Trukikaitis_Postimees, lk 198
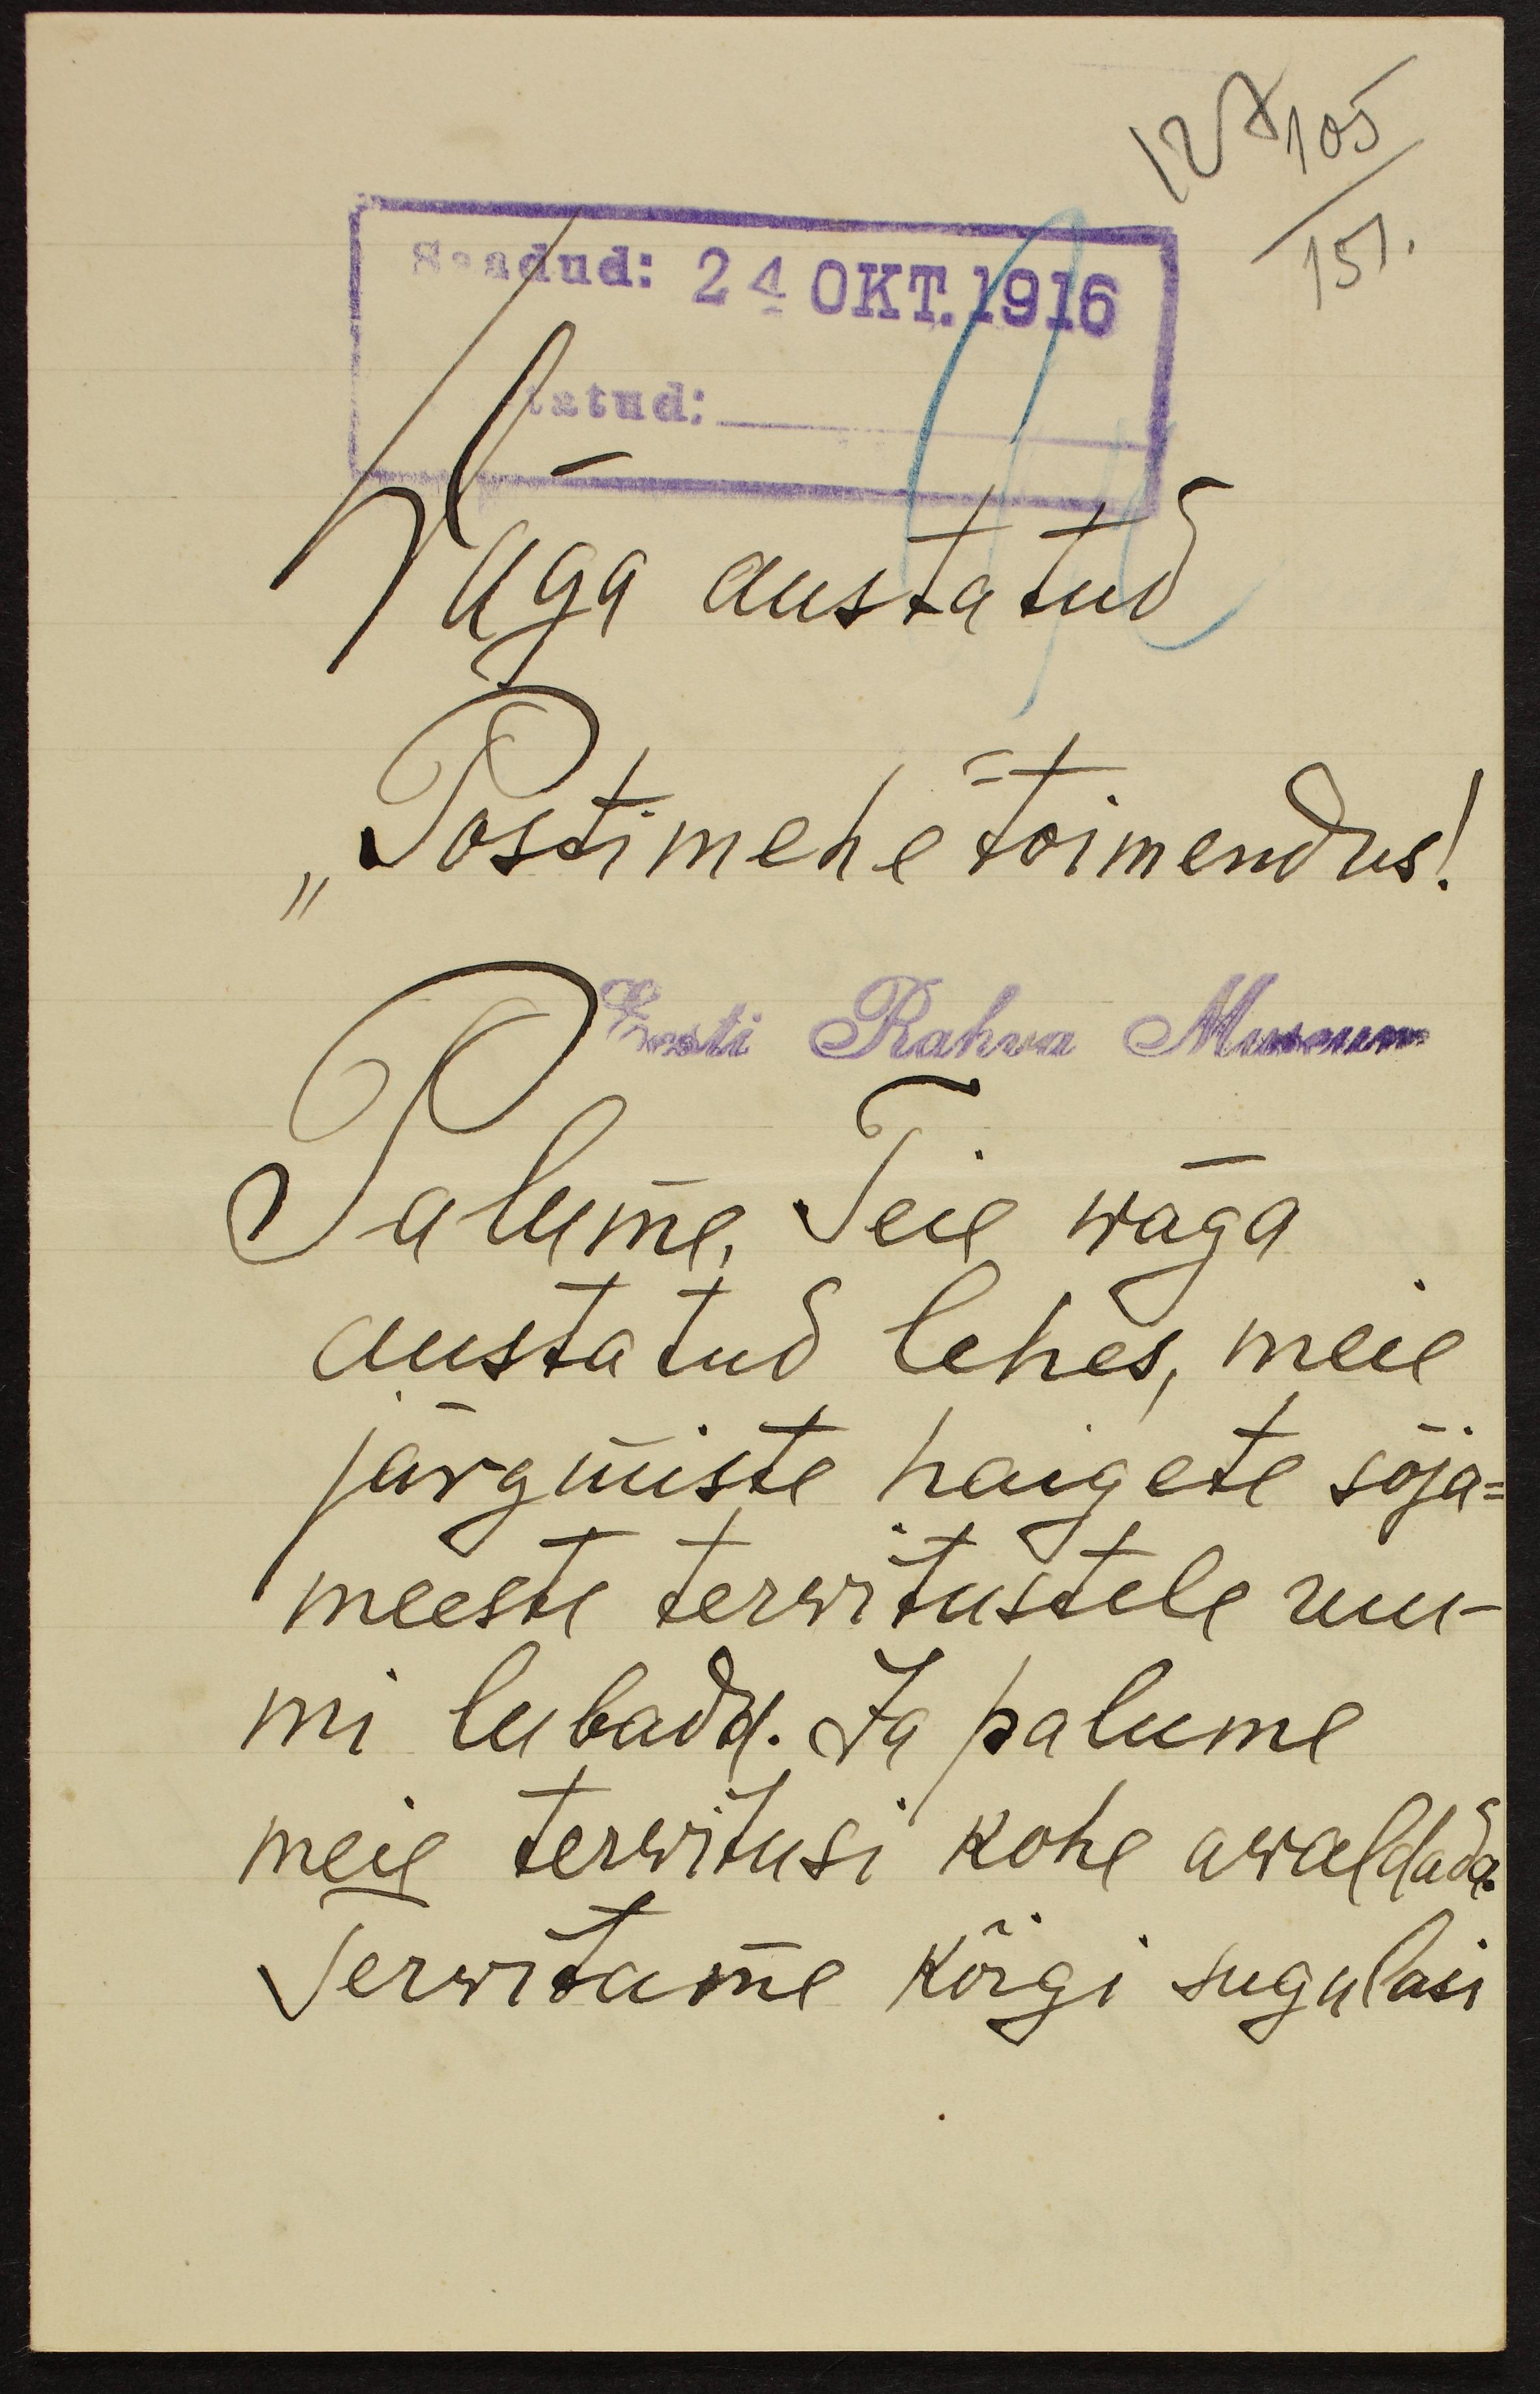
105
127
Saadud: 24 OKT.1916
151.
atud:
Wäga austatud
"Postimehe" toimendus!
Eesti Rahva Museum
Palume Teie wäga
austatud lehes, meie
järgmiste haigete sõja-
meeste terwitustele ruu-
mi lubada. Ja palume
meie terwitusi kohe awaldada.
Terwitame kõigi sugulasi